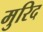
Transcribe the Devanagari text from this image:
मुरिद